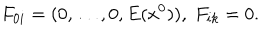
F _ { 0 i } = ( 0 , \ldots , 0 , E ( x ^ { 0 } ) ) , \; F _ { i k } = 0 .